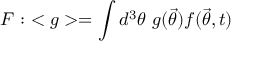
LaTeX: { \cal { F } } : \ < g > = \int d ^ { 3 } \theta \ g ( { \vec { \theta } } ) f ( { \vec { \theta } } , t ) \,